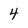
Character: 4